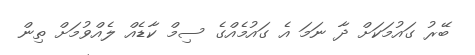
ބޭރު ގައުމަކަށް ދާ ނަމަ އެ ގައުމެއްގެ ސިމް ކާޑެއް ލެއްވުމަށް ތިން